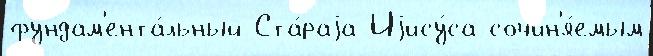
фундам'ента́льный Ста́раjа Иjису́са сочин'я́емым